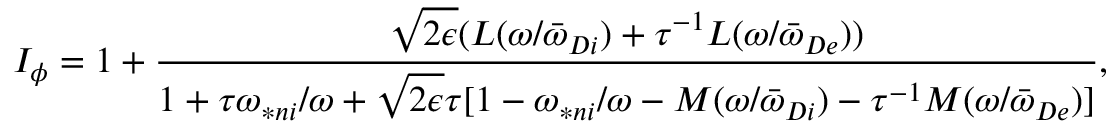
I _ { \phi } = 1 + \frac { \sqrt { 2 \epsilon } ( L ( \omega / { \bar { \omega } } _ { D i } ) + \tau ^ { - 1 } L ( \omega / { \bar { \omega } } _ { D e } ) ) } { 1 + \tau \omega _ { \ast n i } / \omega + \sqrt { 2 \epsilon } \tau [ 1 - \omega _ { \ast n i } / \omega - M ( \omega / { \bar { \omega } } _ { D i } ) - \tau ^ { - 1 } M ( \omega / { \bar { \omega } } _ { D e } ) ] } ,